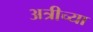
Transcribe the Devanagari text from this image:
अत्रीच्या